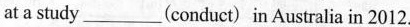
at a study___(conduct)in Australia in 2012.